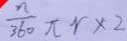
\frac { n } { 3 6 0 } \pi r \times 2